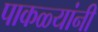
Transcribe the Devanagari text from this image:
पाकळ्यांनी